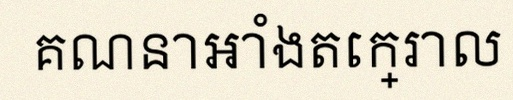
គណនាអាំងតេក្រាល